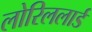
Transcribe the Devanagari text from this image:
लोरिललार्ड